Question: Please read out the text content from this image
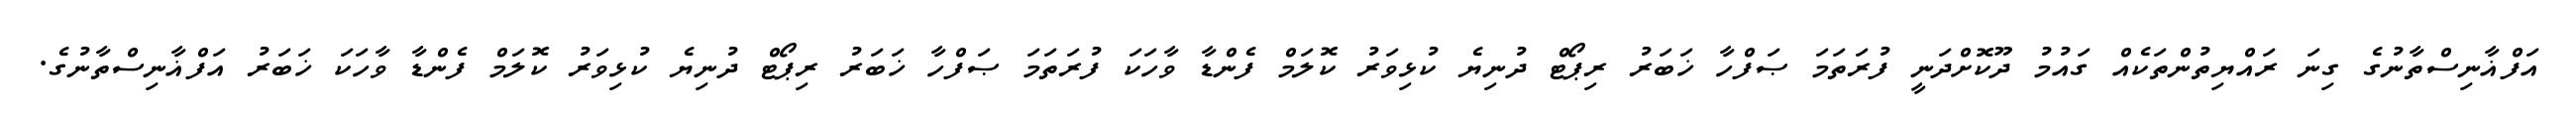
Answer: އަފްޣާނިސްތާނުގެ ގިނަ ރައްޔިތުންތަކެއް ގައުމު ދޫކޮށްދަނީ ފުރަތަމަ ޞަފްހާ ޚަބަރު ރިޕޯޓް ދުނިޔެ ކުޅިވަރު ކޮލަމް ފެންޑާ ވާހަކަ ފުރަތަމަ ޞަފްހާ ޚަބަރު ރިޕޯޓް ދުނިޔެ ކުޅިވަރު ކޮލަމް ފެންޑާ ވާހަކަ ޚަބަރު އަފްޣާނިސްތާނުގެ.